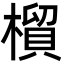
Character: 橮